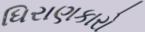
ધિરાણકારો